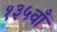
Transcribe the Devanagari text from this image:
१३५वाँ